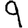
Digit: 9